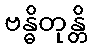
ဗန္ဓိတုန္တိ